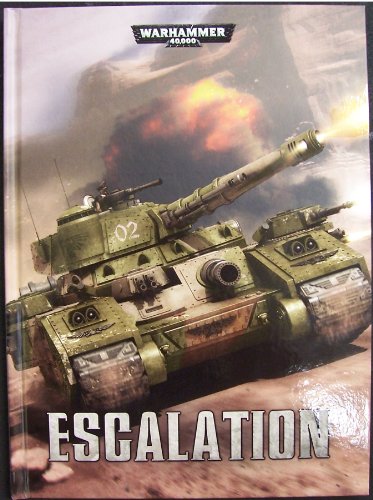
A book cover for Warhammer 40K: Escalation (English); Games Workshop; Science Fiction & Fantasy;